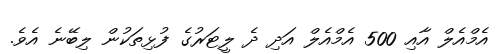
އެމްއެލް އާއި 500 އެމްއެލް އަދި ދެ ލީޓަރުގެ ފުޅިތަކުން ލިބޭނެ އެވެ.